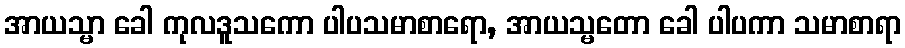
အာယသ္မာ ခေါ ကုလဒူသကော ပါပသမာစာရော, အာယသ္မတော ခေါ ပါပကာ သမာစာရာ